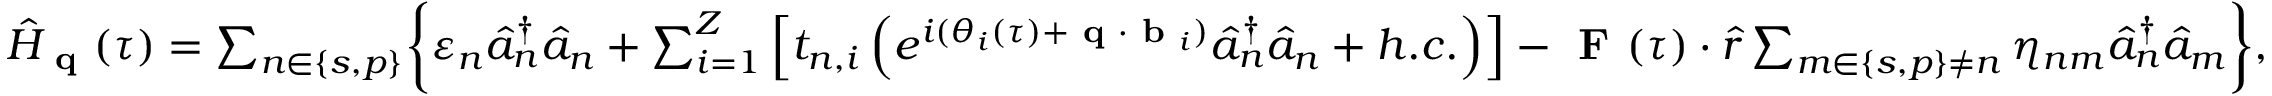
\begin{array} { r } { \hat { H } _ { \textbf { q } } ( \tau ) = \sum _ { n \in \{ s , p \} } \biggl \{ \varepsilon _ { n } \hat { a } _ { n } ^ { \dagger } \hat { a } _ { n } + \sum _ { i = 1 } ^ { Z } \left[ t _ { n , i } \left( e ^ { i ( \theta _ { i } ( \tau ) + \textbf { q } \cdot \textbf { b } _ { i } ) } \hat { a } _ { n } ^ { \dagger } \hat { a } _ { n } + h . c . \right) \right] - \textbf { F } ( \tau ) \cdot \hat { r } \sum _ { m \in \{ s , p \} \neq n } \eta _ { n m } \hat { a } _ { n } ^ { \dagger } \hat { a } _ { m } \biggl \} , } \end{array}